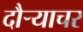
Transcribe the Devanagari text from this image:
दौर्‍याचर